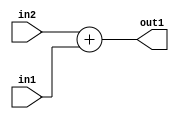
`timescale 1ps / 1ps
/*****************************************************************************
    Verilog RTL Description
    
    
    Created by: Stratus DpOpt 21.05.01 
*******************************************************************************/

module Filter_Add_3Ux2U_4U_1 (
	in2,
	in1,
	out1
	); /* architecture "behavioural" */ 
input [2:0] in2;
input [1:0] in1;
output [3:0] out1;
wire [3:0] asc001;

assign asc001 = 
	+(in2)
	+(in1);

assign out1 = asc001;
endmodule

/* CADENCE  urj4SwE= : u9/ySxbfrwZIxEzHVQQV8Q== ** DO NOT EDIT THIS LINE ******/